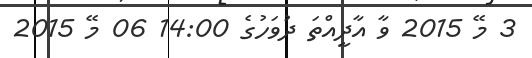
3 މޭ 2015 ވާ އާދީއްތަ ދުވަހުގެ 14:00 06 މޭ 2015